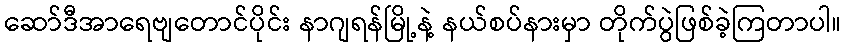
ဆော်ဒီအာရေဗျတောင်ပိုင်း နာဂျရန်မြို့နဲ့ နယ်စပ်နားမှာ တိုက်ပွဲဖြစ်ခဲ့ကြတာပါ။